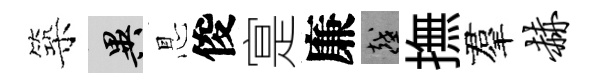
築异㤙俊寔廉越撫羣赫